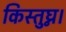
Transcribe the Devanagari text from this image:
किस्तुघ्न।